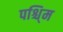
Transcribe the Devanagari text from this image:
पश्चि्म